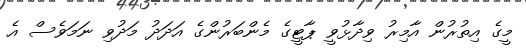
މީގެ އިތުރުން އާމިރު ވިދާޅުވީ ޕާޓީގެ މެންބަރުންގެ އަދަދު މަދުވި ނަމަވެސް އެ